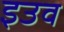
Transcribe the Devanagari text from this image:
इउव